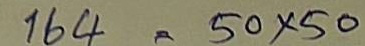
164 = 50 x 50